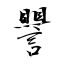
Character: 譻